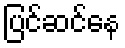
ပြင်ဆင်နေ